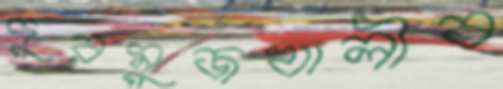
দুরমুজখালীব